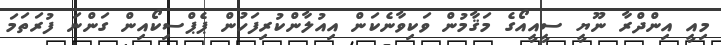
މިއީ އިންދްރާ ނޫޔީ ސީއީއޯގެ މަޤާމުން ވަކިވާނެކަން އިއުލާންކުރިފަހުން ޕެޕްސިކޯއިން ގަންނަ ފުރަތަމަ